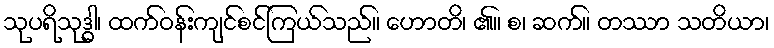
သုပရိသုဒ္ဓါ၊ ထက်ဝန်းကျင်စင်ကြယ်သည်။ ဟောတိ၊ ၏။ စ၊ ဆက်။ တဿာ သတိယာ၊